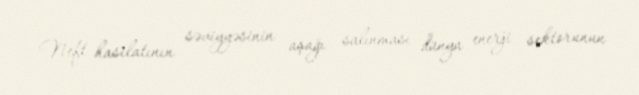
Neft hasilatının səviyyəsinin aşağı salınması dünya enerji sektorunun